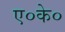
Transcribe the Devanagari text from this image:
ए०के०